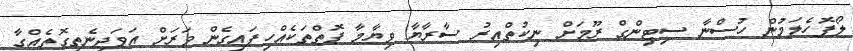
ލޯފޮހެލަމުން ހުސްނާ ސިޓިންގް ރޫމަށް ނިކުތްއިރު ސާރާޔާ ވިޔާމާ ފޮތްތަކެއްހިފައިގެން ވަރަށް އަވަދިނެތިގޮތެއްގާ